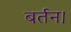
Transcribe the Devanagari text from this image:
बर्तन।